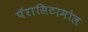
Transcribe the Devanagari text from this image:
पॅरासिटामोल